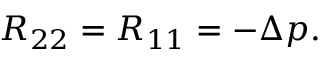
R _ { 2 2 } = R _ { 1 1 } = - \Delta p .